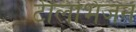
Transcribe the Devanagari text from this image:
टेलिभिजन